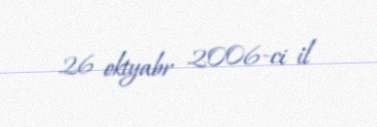
26 oktyabr 2006-ci il